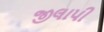
જીલાપી